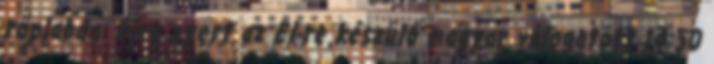
röplabda: újra nyert az El-re készülő magyar válogatott 14:50